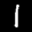
Label: 1